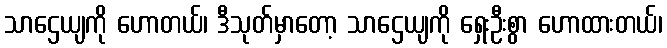
သာဌေယျကို ဟောတယ်၊ ဒီသုတ်မှာတော့ သာဌေယျကို ရှေးဦးစွာ ဟောထားတယ်၊